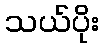
သယ်ပိုး